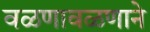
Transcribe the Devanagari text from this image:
वळणावळणाने